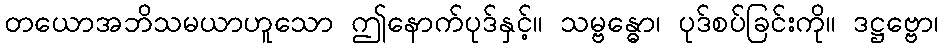
တယောအဘိသမယာဟူသော ဤနောက်ပုဒ်နှင့်။ သမ္ဗန္ဓော၊ ပုဒ်စပ်ခြင်းကို။ ဒဋ္ဌဗ္ဗော၊